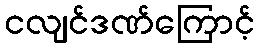
ငလျင်ဒဏ်ကြောင့်